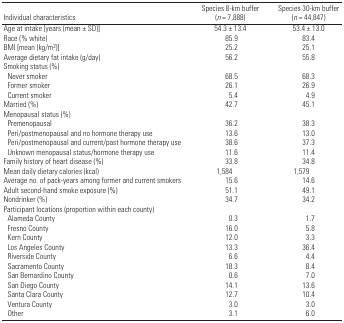
<table><thead><tr><td><b>Individual characteristics</b></td><td><b>Species 8-km buffer (<i>n</i> = 7,888)</b></td><td><b>Species 30-km buffer (<i>n</i> = 44,847)</b></td></tr></thead><tbody><tr><td>Age at intake [years (mean ± SD)]</td><td>54.3 ± 13.4</td><td>53.4 ± 13.0</td></tr><tr><td>Race (% white)</td><td>85.9</td><td>83.4</td></tr><tr><td>BMI [mean (kg/m<sup>2</sup>)]</td><td>25.2</td><td>25.1</td></tr><tr><td>Average dietary fat intake (g/day)</td><td>56.2</td><td>55.8</td></tr><tr><td colspan="3">Smoking status (%)</td></tr><tr><td> Never smoker</td><td>68.5</td><td>68.3</td></tr><tr><td> Former smoker</td><td>26.1</td><td>26.9</td></tr><tr><td> Current smoker</td><td>5.4</td><td>4.9</td></tr><tr><td>Married (%)</td><td>42.7</td><td>45.1</td></tr><tr><td colspan="3">Menopausal status (%)</td></tr><tr><td> Premenopausal</td><td>36.2</td><td>38.3</td></tr><tr><td> Peri/postmenopausal and no hormone therapy use</td><td>13.6</td><td>13.0</td></tr><tr><td> Peri/postmenopausal and current/past hormone therapy use</td><td>38.6</td><td>37.3</td></tr><tr><td> Unknown menopausal status/hormone therapy use</td><td>11.6</td><td>11.4</td></tr><tr><td>Family history of heart disease (%)</td><td>33.8</td><td>34.8</td></tr><tr><td>Mean daily dietary calories (kcal)</td><td>1,584</td><td>1,579</td></tr><tr><td>Average no. of pack-years among former and current smokers</td><td>15.6</td><td>14.6</td></tr><tr><td>Adult second-hand smoke exposure (%)</td><td>51.1</td><td>49.1</td></tr><tr><td>Nondrinker (%)</td><td>34.7</td><td>34.2</td></tr><tr><td colspan="3">Participant locations (proportion within each county)</td></tr><tr><td> Alameda County</td><td>0.3</td><td>1.7</td></tr><tr><td> Fresno County</td><td>16.0</td><td>5.8</td></tr><tr><td> Kern County</td><td>12.0</td><td>3.3</td></tr><tr><td> Los Angeles County</td><td>13.3</td><td>36.4</td></tr><tr><td> Riverside County</td><td>6.6</td><td>4.4</td></tr><tr><td> Sacramento County</td><td>18.3</td><td>8.4</td></tr><tr><td> San Bernardino County</td><td>0.6</td><td>7.0</td></tr><tr><td> San Diego County</td><td>14.1</td><td>13.6</td></tr><tr><td> Santa Clara County</td><td>12.7</td><td>10.4</td></tr><tr><td> Ventura County</td><td>3.0</td><td>3.0</td></tr><tr><td> Other</td><td>3.1</td><td>6.0</td></tr></tbody></table>